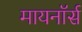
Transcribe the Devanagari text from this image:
मायनॉर्स